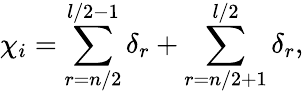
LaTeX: \chi_{i}=\sum_{r=n/2}^{l/2-1}\delta_{r}+\sum_{r=n/2+1}^{l/2}\delta_{r},